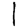
Digit: 1